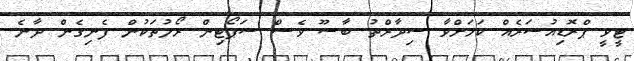
ޓީވީ ޕްރޮޑިއުސަރެއް ކަމަށްވާ ސިދާރްތު ބާސޫ ވެސް ސަޕޯޓިން ރޯލުތަކުން ފެނިގެން ދާނެ